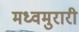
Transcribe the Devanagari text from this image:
मध्वमुरारी